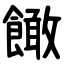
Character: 䭛